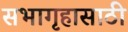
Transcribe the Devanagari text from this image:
सभागृहासाठी